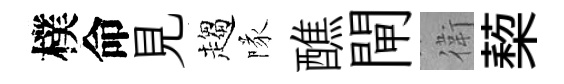
樸命見趨隊醮閘衛蔾